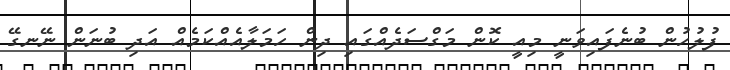
ފުލުހުން ބުނެފައިވަނީ މިއީ ކޮން މަގްސަދެއްގައި ދިން ހަމަލާއެއްކަމެއް އަދި ބުނަން ނޭނގޭ